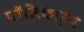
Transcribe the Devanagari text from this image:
पॉलिकार्प